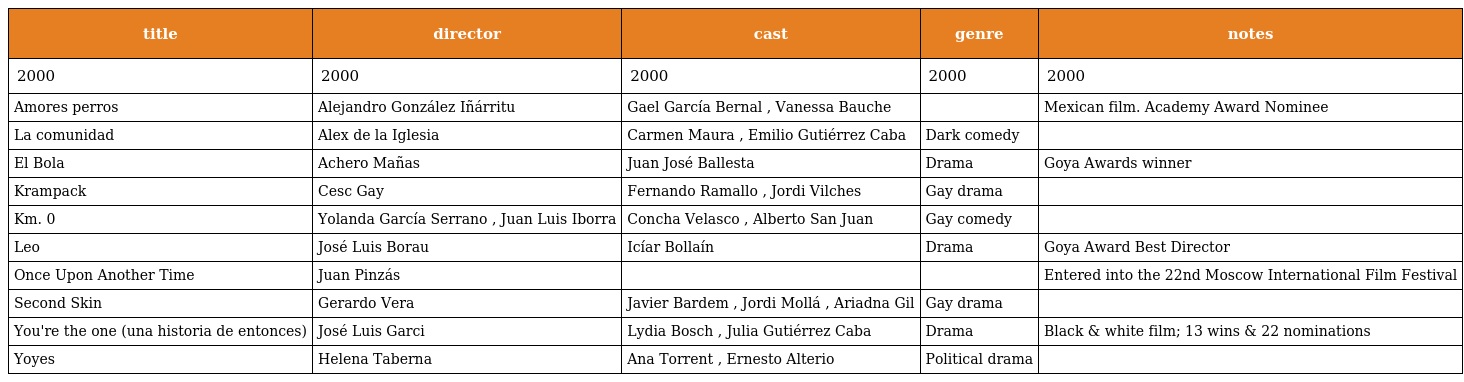
| title | director | cast | genre | notes |
 | --- | --- | --- | --- | --- |
 | 2000 | 2000 | 2000 | 2000 | 2000 |
 | Amores perros | Alejandro González Iñárritu | Gael García Bernal , Vanessa Bauche |  | Mexican film. Academy Award Nominee |
 | La comunidad | Alex de la Iglesia | Carmen Maura , Emilio Gutiérrez Caba | Dark comedy |  |
 | El Bola | Achero Mañas | Juan José Ballesta | Drama | Goya Awards winner |
 | Krampack | Cesc Gay | Fernando Ramallo , Jordi Vilches | Gay drama |  |
 | Km. 0 | Yolanda García Serrano , Juan Luis Iborra | Concha Velasco , Alberto San Juan | Gay comedy |  |
 | Leo | José Luis Borau | Icíar Bollaín | Drama | Goya Award Best Director |
 | Once Upon Another Time | Juan Pinzás |  |  | Entered into the 22nd Moscow International Film Festival |
 | Second Skin | Gerardo Vera | Javier Bardem , Jordi Mollá , Ariadna Gil | Gay drama |  |
 | You're the one (una historia de entonces) | José Luis Garci | Lydia Bosch , Julia Gutiérrez Caba | Drama | Black & white film; 13 wins & 22 nominations |
 | Yoyes | Helena Taberna | Ana Torrent , Ernesto Alterio | Political drama |  |